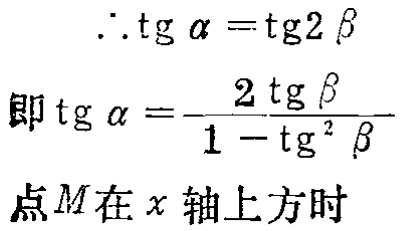
\(\therefore \text{tg} \alpha=\text{tg}2 \beta\)
即\(\text{tg} \alpha=\frac{2\text{tg} \beta}{1 - \text{tg}^{2} \beta}\)
点\(M\)在\(x\)轴上方时